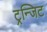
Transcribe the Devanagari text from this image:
ट्रन्जिट